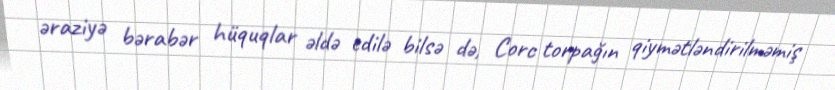
əraziyə bərabər hüquqlar əldə edilə bilsə də, Corc torpağın qiymətləndirilməmiş